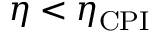
\eta < \eta _ { \mathrm { C P I } }